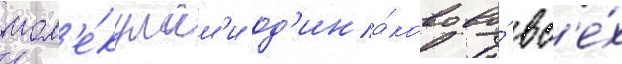
мол'е́кулам'и од'ина́ково во́ вс'е́х